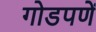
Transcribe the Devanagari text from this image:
गोडपणें